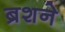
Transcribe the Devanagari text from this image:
ब्रशने